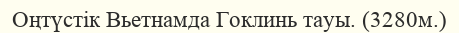
Оңтүстік Вьетнамда Гоклинь тауы. (3280м.)